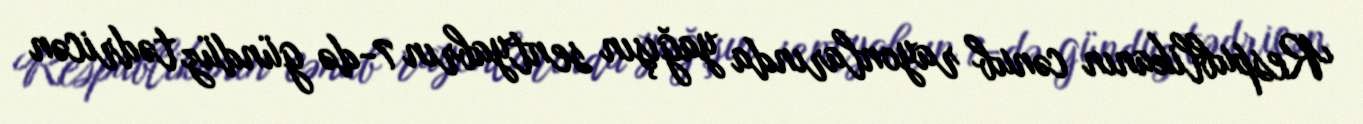
Respublikanın cənub rayonlarında yağışın sentyabrın 7-də gündüz tədricən